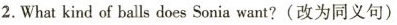
2.What kind of balls does Sonia want?(改为同义句)